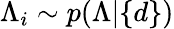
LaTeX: \Lambda_{i}\sim p(\Lambda|\{ d\} )